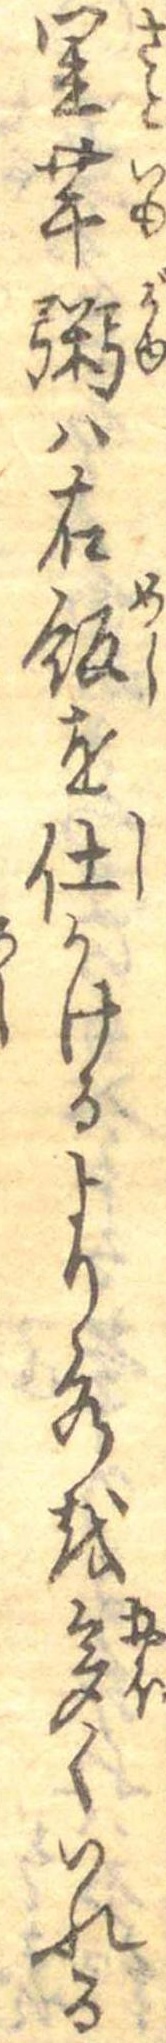
里芋粥は右飯を仕かけるより水を多くいれる